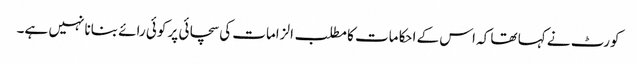
کورٹ نے کہا تھا کہ اس کے احکامات کا مطلب الزامات کی سچائی پر کوئی رائے بنانا نہیں ہے۔